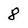
Character: 8